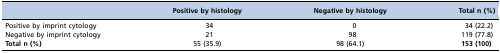
|  | Positive by histology | Negative by histology | Total n (%) |
 | --- | --- | --- | --- |
 | Positive by imprint cytology | 34 | 0 | 34 (22.2) |
 | Negative by imprint cytology | 21 | 98 | 119 (77.8) |
 | Total n (%) | 55 (35.9) | 98 (64.1) | 153 (100) |